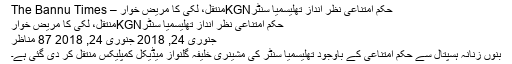
حکمِ امتناعی نظر انداز تھلیسمیا سنٹرKGNمنتقل، لکی کا مریض خوار – The Bannu Times
حکمِ امتناعی نظر انداز تھلیسمیا سنٹرKGNمنتقل، لکی کا مریض خوار
جنوری 24, 2018 جنوری 24, 2018 87 مناظر
بنوں زنانہ ہسپتال سے حکم امتناعی کے باوجود تھلیسمیا سنٹر کی مشینری خلیفہ گلنواز میڈیکل کمپلیکس منتقل کر دی گئی ہے۔